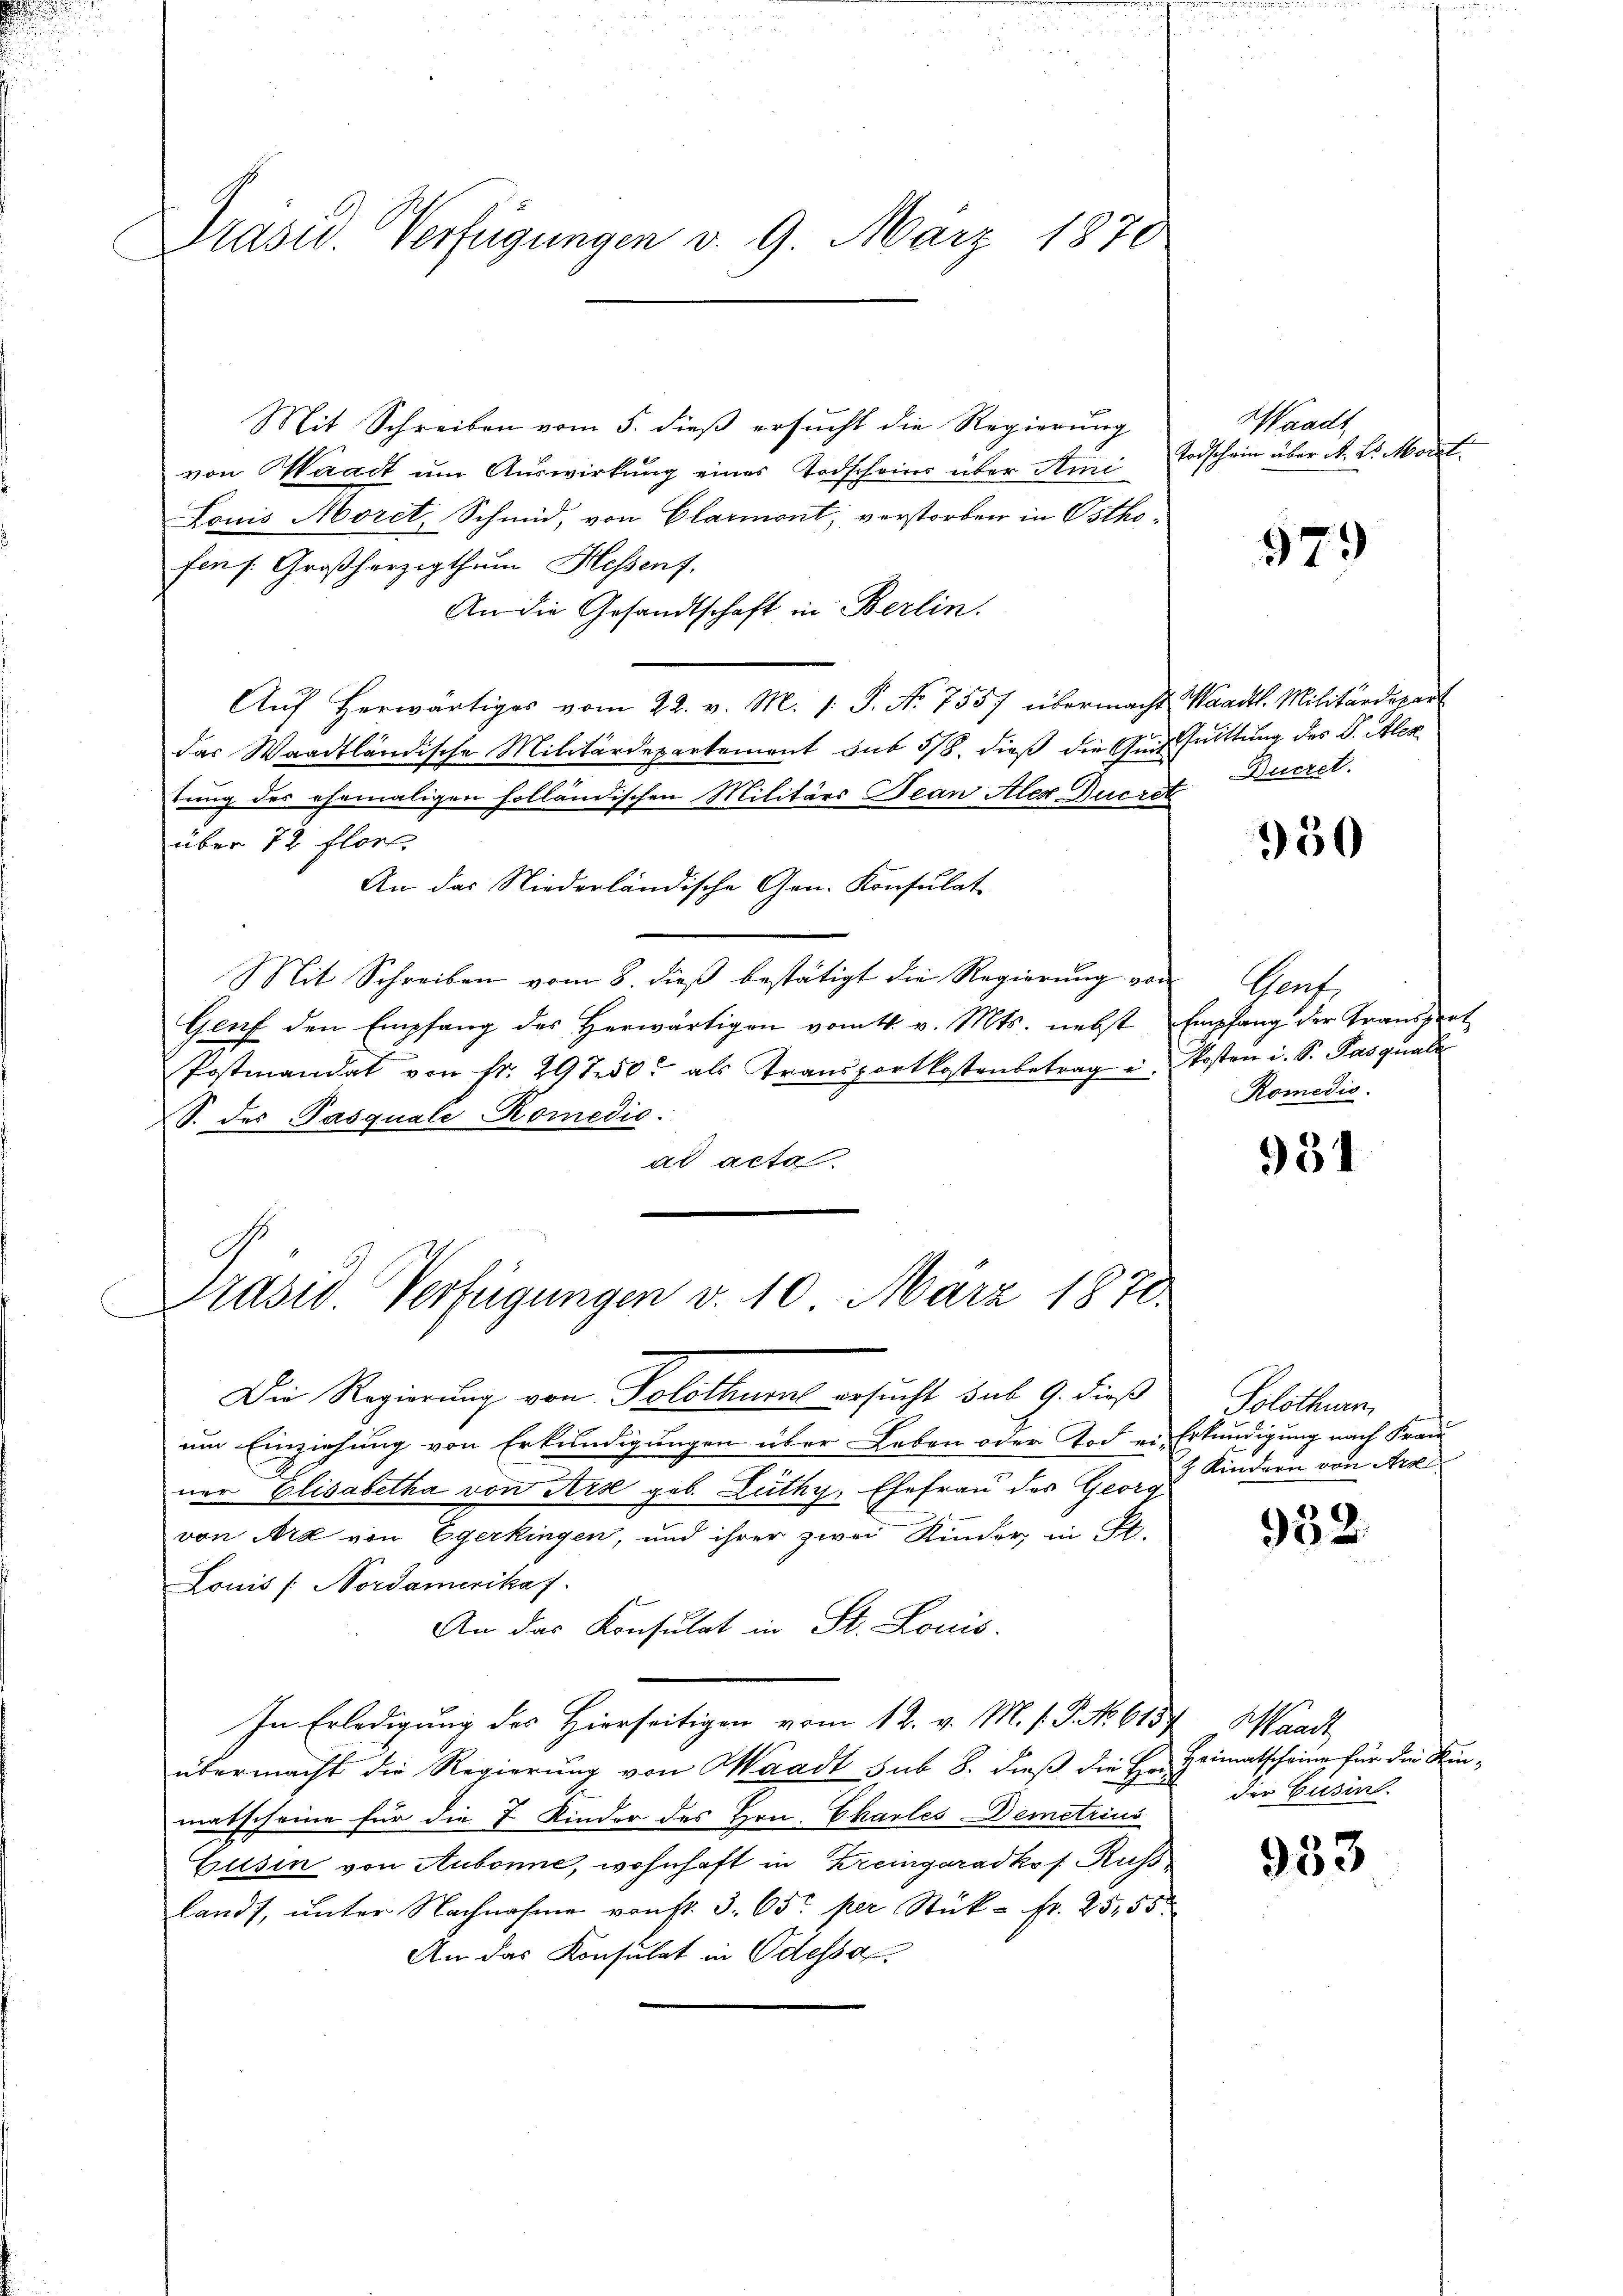
.

Präsid. Verfügungen v. 9. März 1870

Mit Schreiben vom 5. dieß ersucht die Regierung
von Waadt um Auswirkung eines Todscheins über Ami
Louis Morel, Schmid, von Clarmont, verstorben in Osthefen s. Großherzigthum Hessent.
An die Gesandtschaft in Berlin.
Aŭf herwärtiges vom 22. v. M. 1: P. Nr. 7557 übermacht Waadt. Militärdepart
das Waadtländische Militärdepartement sub 5/8. dieß die Gut suittung des Dr. Alex
tung des ehemaligen holländischen Militärs Tean Alex Ducret
über 72 flort
An das Niederländische Gen. Konsulat
Mit Schreiben vom 8. dieß bestätigt die Regierung von Genf
Genf den Empfang des Herwärtigen vom 4. v. Mts. nebst Empfang der Transport
Postmandat von Fr. 29750. als Transportkostenbetrag u. Posten i. S. Pasqual
S. des Pasquale Romedio.
ad acta

Präsid. Verfügungen v. 10. März 1870.

Die Regierung von Solothurns ersucht sub 9. dieß
um Einziehung von Erkundigungen über Leben oder Tod ein Erkundigung nach Frau
ner Elisabetha von Art geb. Luthy, Ehefrau des Georg
von Art von Egerkingen, und ihrer zwei Kinder, in St.
Louis /: Nordamerikaf
An das Konsulat in St. Louis
In Erledigung des Hierseitigen vom 12. v. M. s. S. No. 6157, Waadt
übermacht die Regierung von Waadt sub 8. dieß die Ha-
matscheine für die 7 Kinder des Hrn. Charles Demetrius
Cusin von Aubonne, wohnhaft in Kreingeradkof Russ
landt, ŭnter Nachnahme von fr. 3. 65 per Stück - fr. 2555
An das Konsulat in Odessa

Waadt
Todschein über N. 2. Moral.

579

Bucret.

950

Romedio.

951

Solothurn
4 Kindern von Ar

932.

Heimatscheine für die Kinder Giesin

953